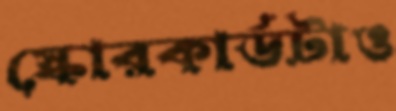
স্কোরকার্ডটাও